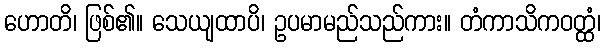
ဟောတိ၊ ဖြစ်၏။ သေယျထာပိ၊ ဥပမာမည်သည်ကား။ တံကာသိကဝတ္ထံ၊